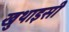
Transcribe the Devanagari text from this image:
खुथाइसी